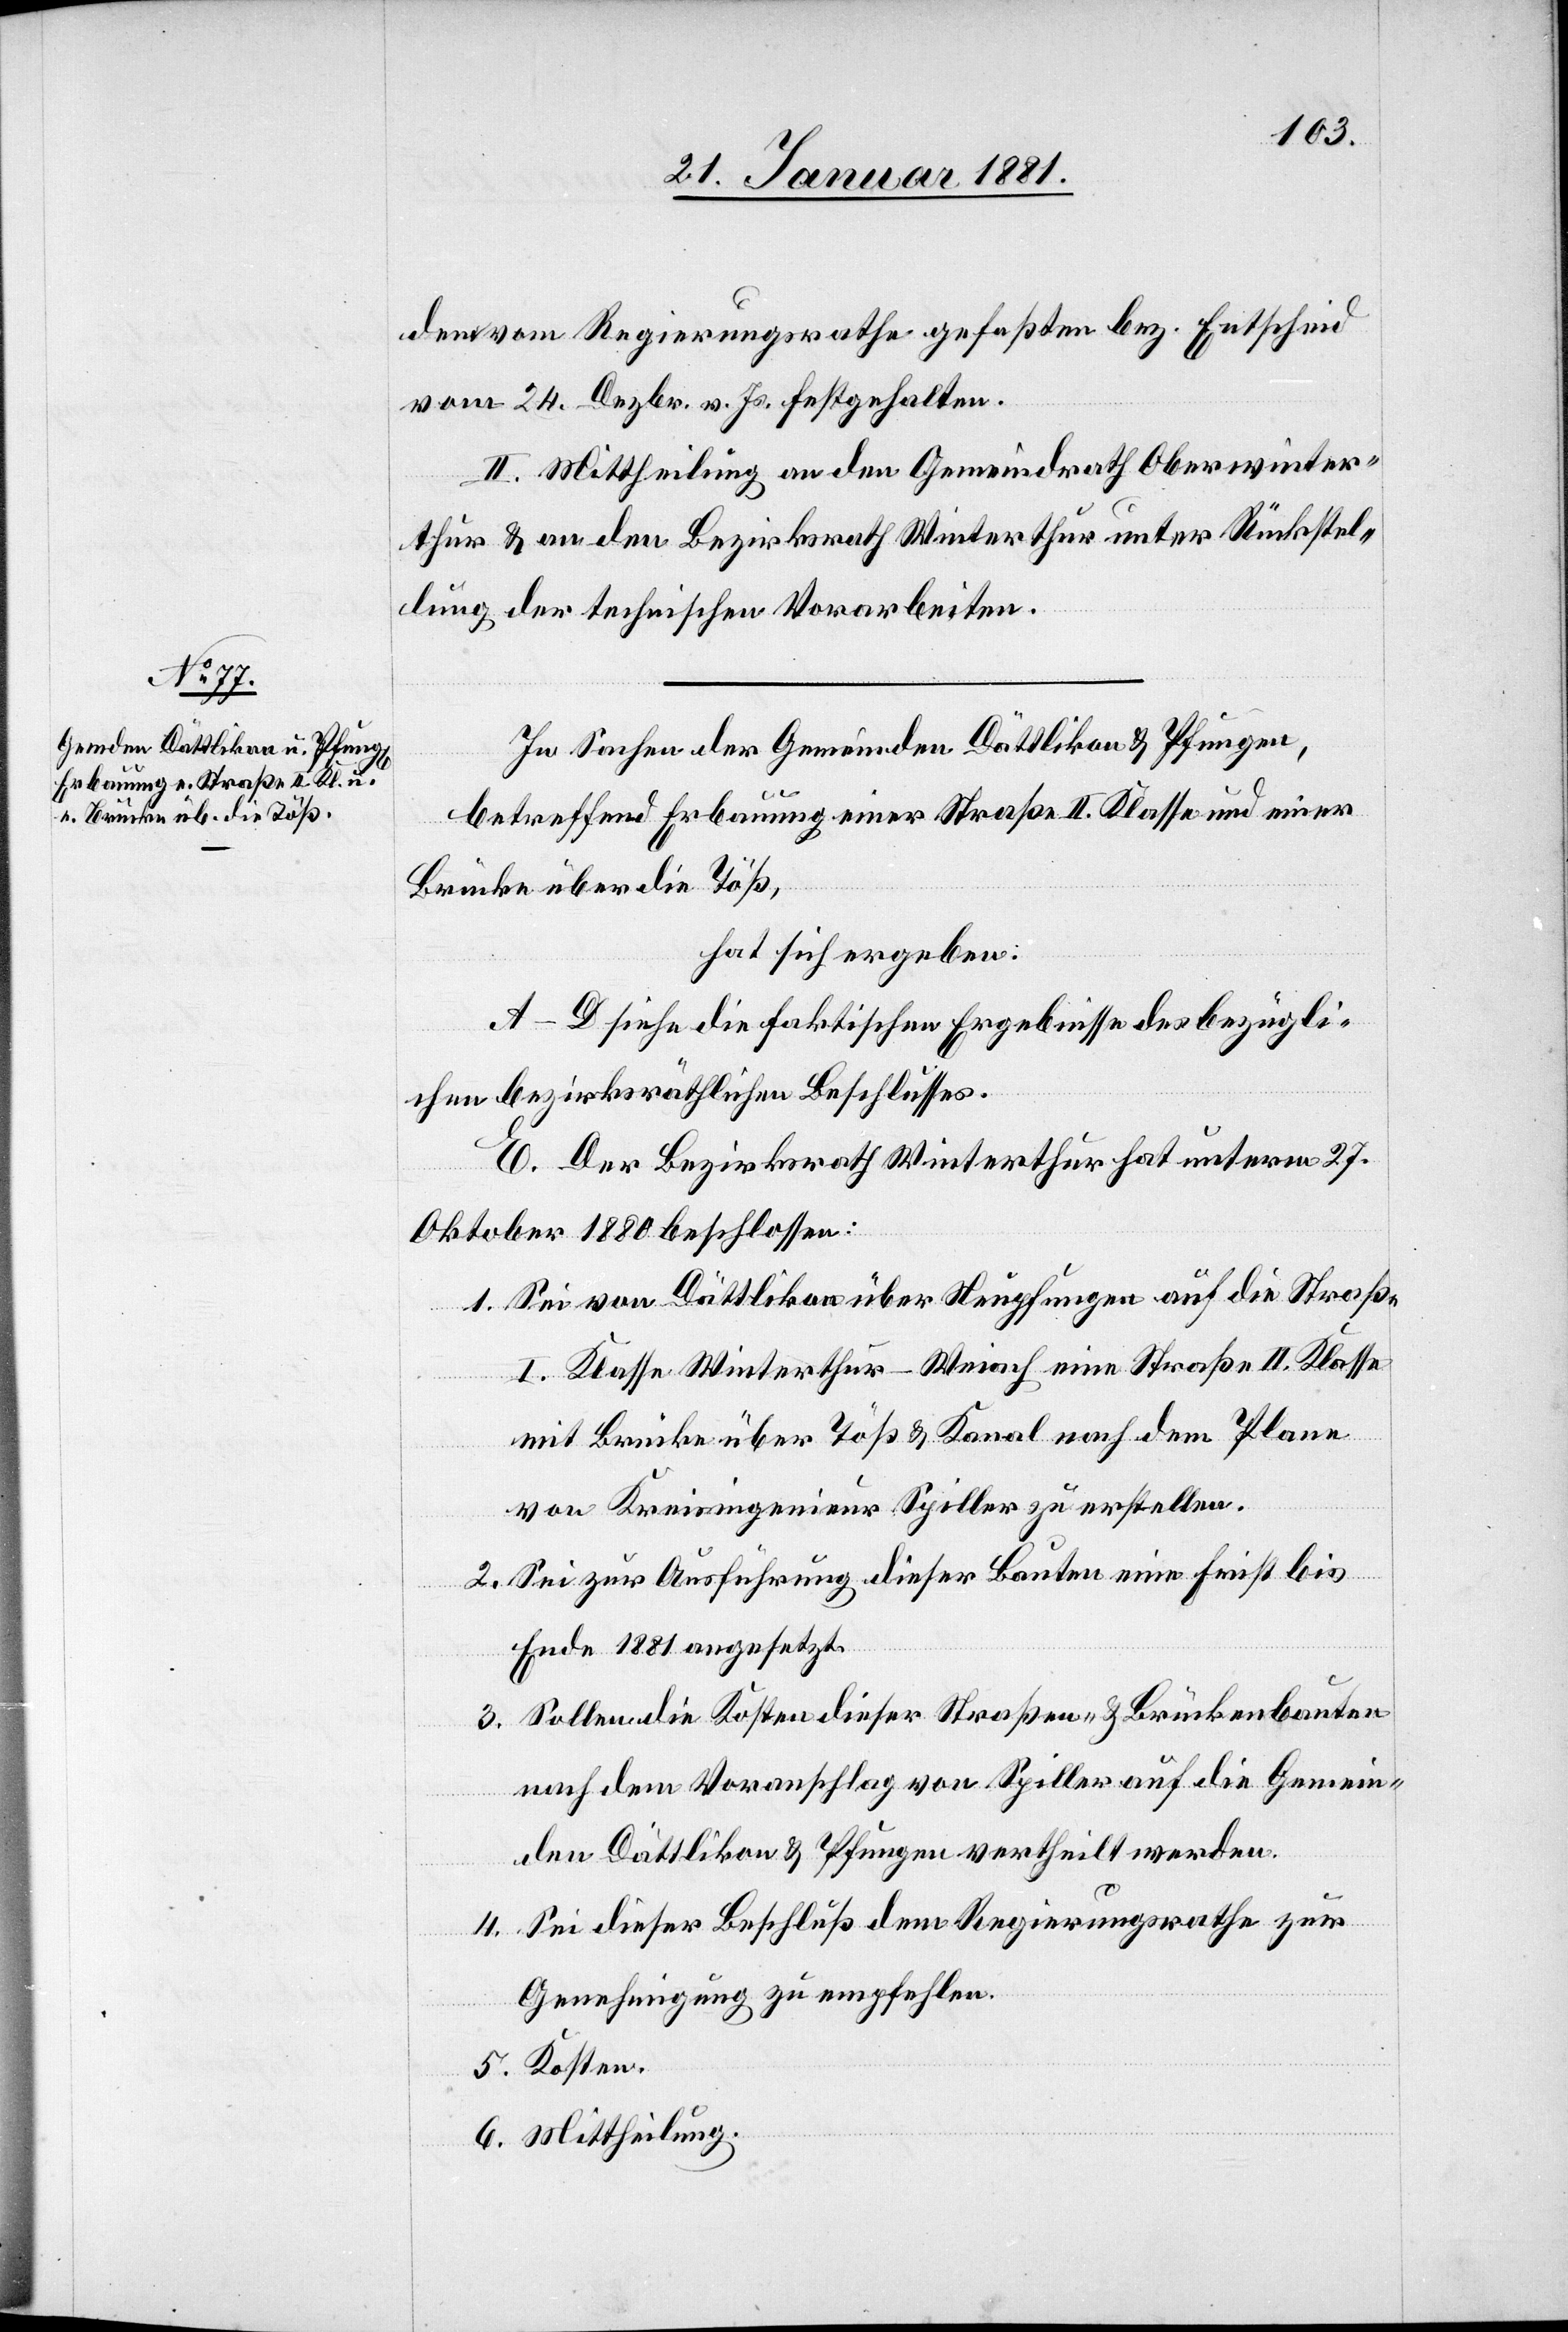
den vom Regierungsrathe gefaßten bez. Entscheid
vom 24. Dezbr. v. Js. festgehalten.
II. Mittheilung an den Gemeindrath Oberwinter¬
thur & an den Bezirksrath Winterthur unter Rückstel¬
lung der technischen Vorarbeiten.
In Sachen der Gemeinden Dättlikon & Pfungen,
betreffend Erbauung einer Straße II. Klasse und einer
Brücke über die Töß,
hat sich ergeben:
A–D siehe die faktischen Ergebnisse des bezügli¬
chen bezirksräthlichen Beschlusses.
E. Der Bezirksrath Winterthur hat unterm 27.
Oktober 1880 beschlossen:
1. Sei von Dättlikon über Neupfungen auf die Straße
I. Klasse von Winterthur–Weiach eine Straße II.Klasse
mit Brücke über Töß & Kanal nach dem Plane
von Kreisingenieur Spiller zu erstellen.
2. Sei zur Ausführung dieser Bauten eine Frist bis
Ende 1881 ausgesetzt.
3. Sollen die Kosten dieser Straßen- & Brückenbauten
nach dem Voranschlag von Spiller auf die Gemein¬
den Dättlikon & Pfungen vertheilt werden.
4. Sei dieser Beschluß dem Regierungsrathe zur
Genehmigung zu empfehlen.
5. Kosten.
6. Mittheilung